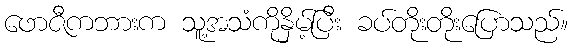
ဖောဇီကဘားက သူ့အသံကိုနှိမ့်ပြီး ခပ်တိုးတိုးပြောသည်။